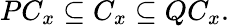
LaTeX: PC_{x}\subseteq C_{x}\subseteq QC_{x}.